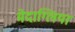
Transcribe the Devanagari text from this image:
मेदाग्लिया